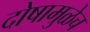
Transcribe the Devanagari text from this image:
दोषामुळेच